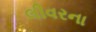
લીવરના